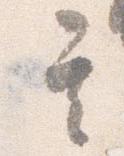
其